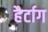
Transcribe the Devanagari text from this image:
हैर्टाग